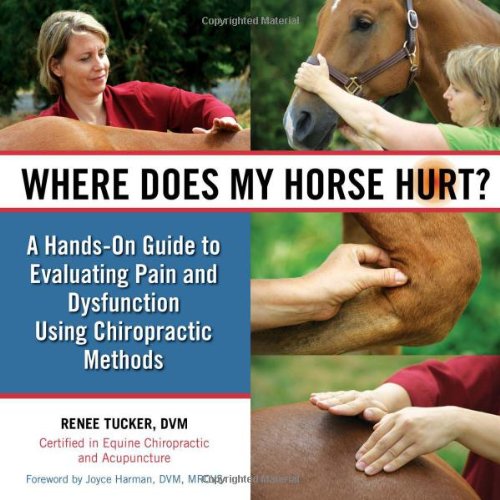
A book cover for Where Does My Horse Hurt?: A Hands-On Guide to Evaluating Pain and Dysfunction Using Chiropractic Methods; Renee Tucker; Crafts, Hobbies & Home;